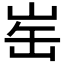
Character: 𪨲